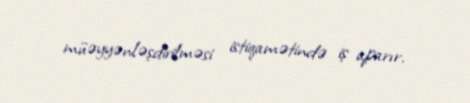
müəyyənləşdirilməsi istiqamətində iş aparır.